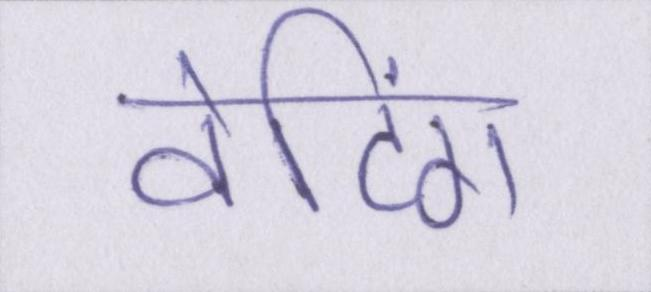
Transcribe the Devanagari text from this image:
वेटिंग